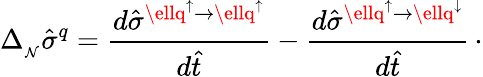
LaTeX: \Delta_{_\mathcal{N}}\hat{{\sigma}}^{q}={\frac{{d\hat{{\sigma}}^{\ellq^{\uparrow}\to\ellq^{\uparrow}}}}{{d\hat{{t}}}}}-{\frac{{d\hat{{\sigma}}^{\ellq^{\uparrow}\to\ellq^{\downarrow}}}}{{d\hat{{t}}}}}\, \cdot